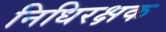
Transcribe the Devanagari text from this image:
निधिरक्षक